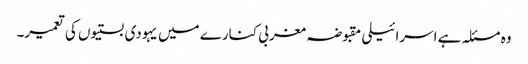
وہ مسئلہ ہے اسرائیلی مقبوضہ مغربی کنارے میں یہودی بستیوں کی تعمیر۔